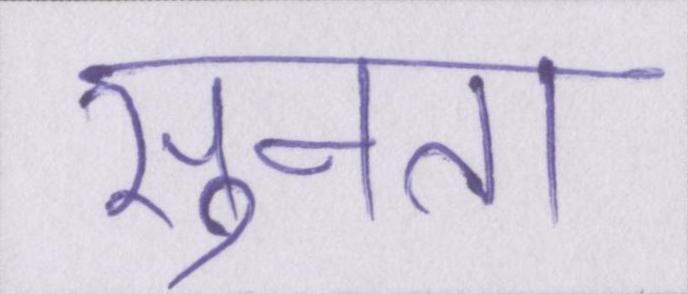
सुनता